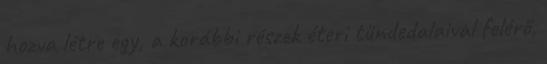
hozva létre egy, a korábbi részek éteri tündedalaival felérő,